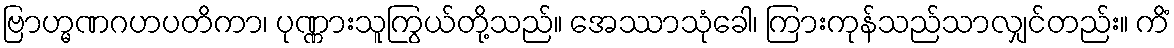
ဗြာဟ္မဏဂဟပတိကာ၊ ပုဏ္ဏားသူကြွယ်တို့သည်။ အေဿာသုံခေါ၊ ကြားကုန်သည်သာလျှင်တည်း။ ကိံ